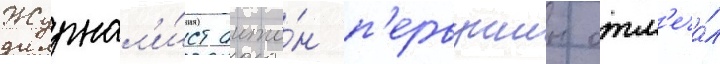
Журнал'и́ст анто́н п'ервушин отм'еча́л